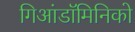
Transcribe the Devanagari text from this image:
गिआंडॉमिनिको